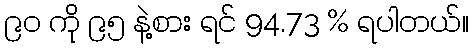
၉၀ ကို ၉၅ နဲ့စား ရင် 94.73 % ရပါတယ်။